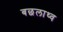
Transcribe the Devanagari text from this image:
बछलाथ्व